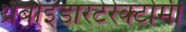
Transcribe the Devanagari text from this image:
थ्रंबोइंडारटेरेक्टोमी